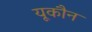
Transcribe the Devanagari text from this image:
यूकौन